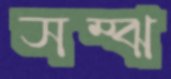
সম্‌ঝ